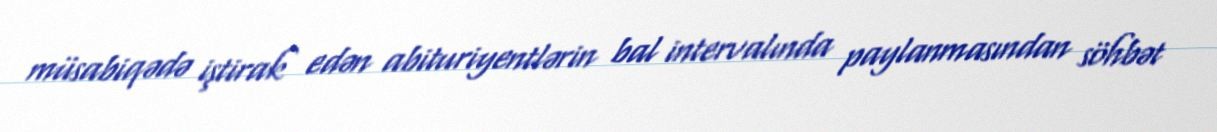
müsabiqədə iştirak edən abituriyentlərin bal intervalında paylanmasından söhbət